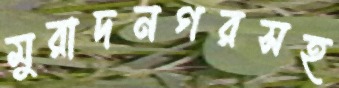
মুরাদনগরসহ